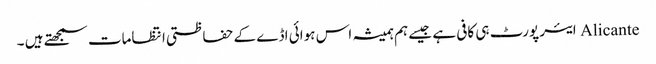
Alicante ایئر پورٹ ہی کافی ہے جیسے ہم ہمیشہ اس ہوائی اڈے کے حفاظتی انتظامات سمجھتے ہیں ۔